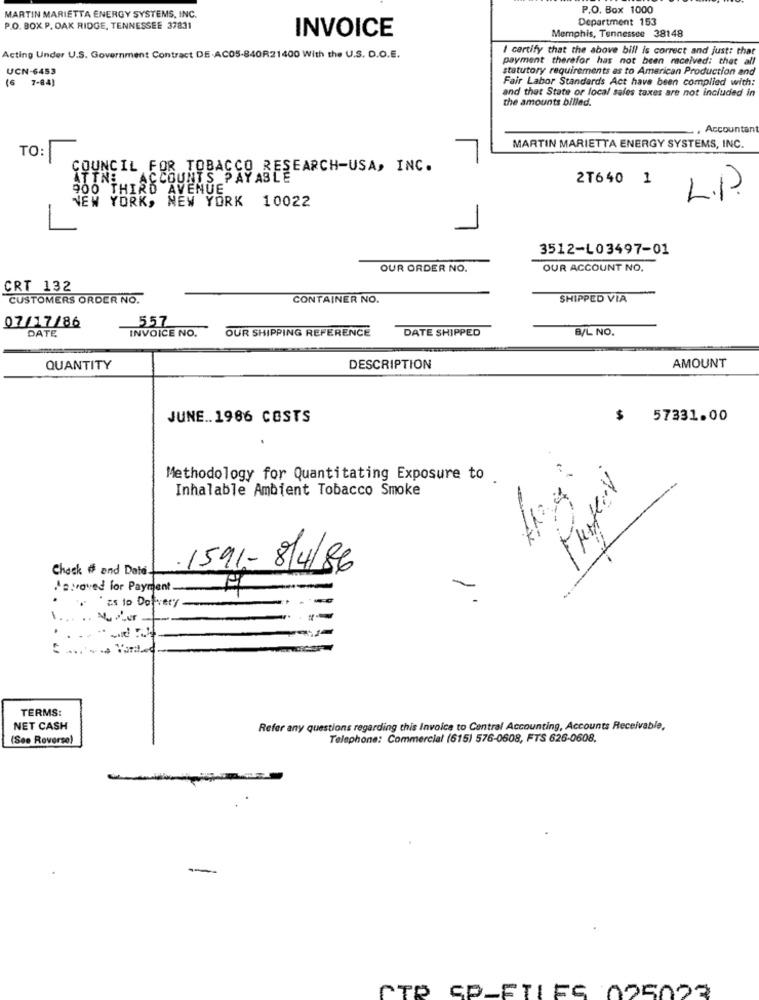
P.O. Box 1000
MARTIN MARIETTA ENERGY SYSTEMS, INC.
Department 153
P.O. BOX P. OAK RIDGE, TENNESSEE 37831
INVOICE
Memphis, Tennessee 38148
I certify that the above bill is correct and just: that
Acting Under U.S. Government Contract DE-AC05-840R21400 With the U.S. D.O.E.
payment therefor has not been received: that all
UCN-6453
statutory requirements es to American Production and
(6 7-84)
Fair Labor Standards Act have been complied with:
and that State or local sales taxes are not included in
the amounts billed.
Accountan
MARTIN MARIETTA ENERGY SYSTEMS, INC.
TO:
COUNCIL FOR TOBACCO RES
ATTN: ACCOUNTS PAYAS EREARCH-USA, INC.
2T640 1
900 THIRD AVENUE
L.P.
NEW YORK, NEW YORK 10022
3512-L03497-01
OUR ORDER NO.
OUR ACCOUNT NO.
CRT 132
CUSTOMERS ORDER NO.
CONTAINER NO.
SHIPPED VIA
07/17/86
557
DATE
INVOICE NO.
OUR SHIPPING REFERENCE
DATE SHIPPED
B/L NO.
QUANTITY
DESCRIPTION
AMOUNT
JUNE .. 1986 COSTS
$
57331.00
Methodology for Quantitating Exposure to
Inhalable Ambient Tobacco Smoke
Chack o and Date.
1591- 8/4/86
Haveved for Payment
zs to Dofvery
TERMS:
NET CASH
Refer any questions regarding this Invoice to Central Accounting, Accounts Receivable,
(See Reverse)
Telephone: Commercial (615) 576-0608, FTS 626-0608.
-
CTP SP-ETLES 025023